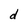
Character: d